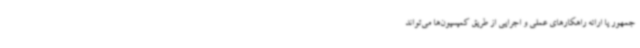
جمهور یا ارائه راهکارهای عملی و اجرایی از طریق کمیسیون‌ها می‌تواند